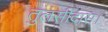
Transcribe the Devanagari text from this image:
तुलसीदास।